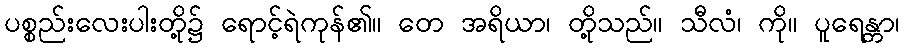
ပစ္စည်းလေးပါးတို့၌ ရောင့်ရဲကုန်၏။ တေ အရိယာ၊ တို့သည်။ သီလံ၊ ကို။ ပူရေန္တာ၊